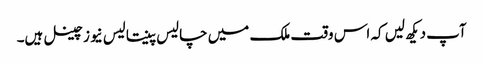
آپ دیکھ لیں کہ اس وقت ملک میں چالیس پینتالیس نیوز چینل ہیں۔